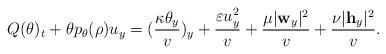
LaTeX: \begin{align*}Q(\theta)_t + \theta p_\theta(\rho)u_y =(\frac{\kappa \theta_y}{v})_y+ \frac{\varepsilon u_y^2}{v} + \frac{\mu |\mathbf{w}_y|^2}{v} + \frac{\nu|\mathbf{h}_y|^2}{v}.\end{align*}